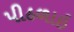
પીઠળાઇ